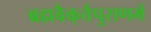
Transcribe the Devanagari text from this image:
ब्रह्मवैक्‌र्त्तपुराणमें